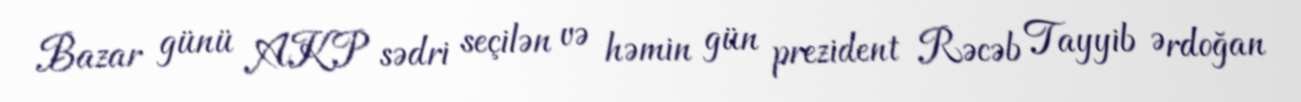
Bazar günü AKP sədri seçilən və həmin gün prezident Rəcəb Tayyib Ərdoğan